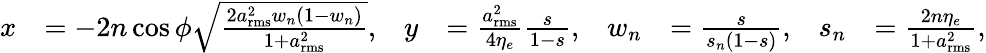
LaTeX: \begin{array}{rlrlrlrl}{x}&{=-2n\cos\phi\sqrt{\frac{2a_{\mathrm{rms}}^{2}w_{n}(1-w_{n})}{1+a_{\mathrm{rms}}^{2}}},}&{y}&{=\frac{a_{\mathrm{rms}}^{2}}{4\eta_{e}}\frac{s}{1-s},}&{w_{n}}&{=\frac{s}{s_{n}(1-s)},}&{s_{n}}&{=\frac{2n\eta_{e}}{1+a_{\mathrm{rms}}^{2}},}\end{array}